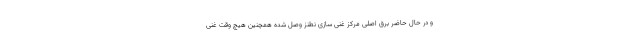
و در حال حاضر برق اصلی مرکز غنی سازی نطنز وصل شده همچنین هیچ وقت غنی